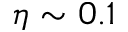
\eta \sim 0 . 1